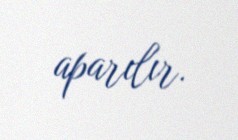
aparılır.